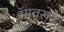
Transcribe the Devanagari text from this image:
रॅम्प्वरून